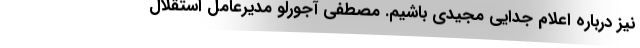
نیز درباره اعلام جدایی مجیدی باشیم. مصطفی آجورلو مدیرعامل استقلال